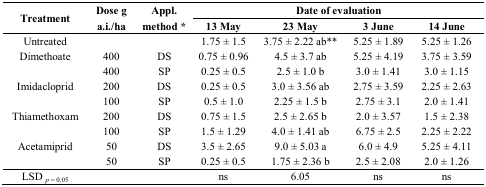
| <ROWSPAN=2> Treatment | <ROWSPAN=2> Dose g a.i./ha | <ROWSPAN=2> Appl. method * | <COLSPAN=4> Date of evaluation |
 | 13 May | 23 May | 3 June | 14 June |
 | --- | --- | --- | --- | --- | --- | --- |
 | Untreated |  |  | 1.75 ± 1.5 | 3.75 ± 2.22 ab** | 5.25 ± 1.89 | 5.25 ± 1.26 |
 | Dimethoate | 400 | DS | 0.75 ± 0.96 | 4.5 ± 3.7 ab | 5.25 ± 4.19 | 3.75 ± 3.59 |
 |  | 400 | SP | 0.25 ± 0.5 | 2.5 ± 1.0 b | 3.0 ± 1.41 | 3.0 ± 1.15 |
 | Imidacloprid | 200 | DS | 0.25 ± 0.5 | 3.0 ± 3.56 ab | 2.75 ± 3.59 | 2.25 ± 2.63 |
 |  | 100 | SP | 0.5 ± 1.0 | 2.25 ± 1.5 b | 2.75 ± 3.1 | 2.0 ± 1.41 |
 | Thiamethoxam | 200 | DS | 0.75 ± 1.5 | 2.5 ± 2.65 b | 2.0 ± 3.57 | 1.5 ± 2.38 |
 |  | 100 | SP | 1.5 ± 1.29 | 4.0 ± 1.41 ab | 6.75 ± 2.5 | 2.25 ± 2.22 |
 | Acetamiprid | 50 | DS | 3.5 ± 2.65 | 9.0 ± 5.03 a | 6.0 ± 4.9 | 5.25 ± 4.11 |
 |  | 50 | SP | 0.25 ± 0.5 | 1.75 ± 2.36 b | 2.5 ± 2.08 | 2.0 ± 1.26 |
 | LSD p = 0.05 |  |  | ns | 6.05 | ns | ns |